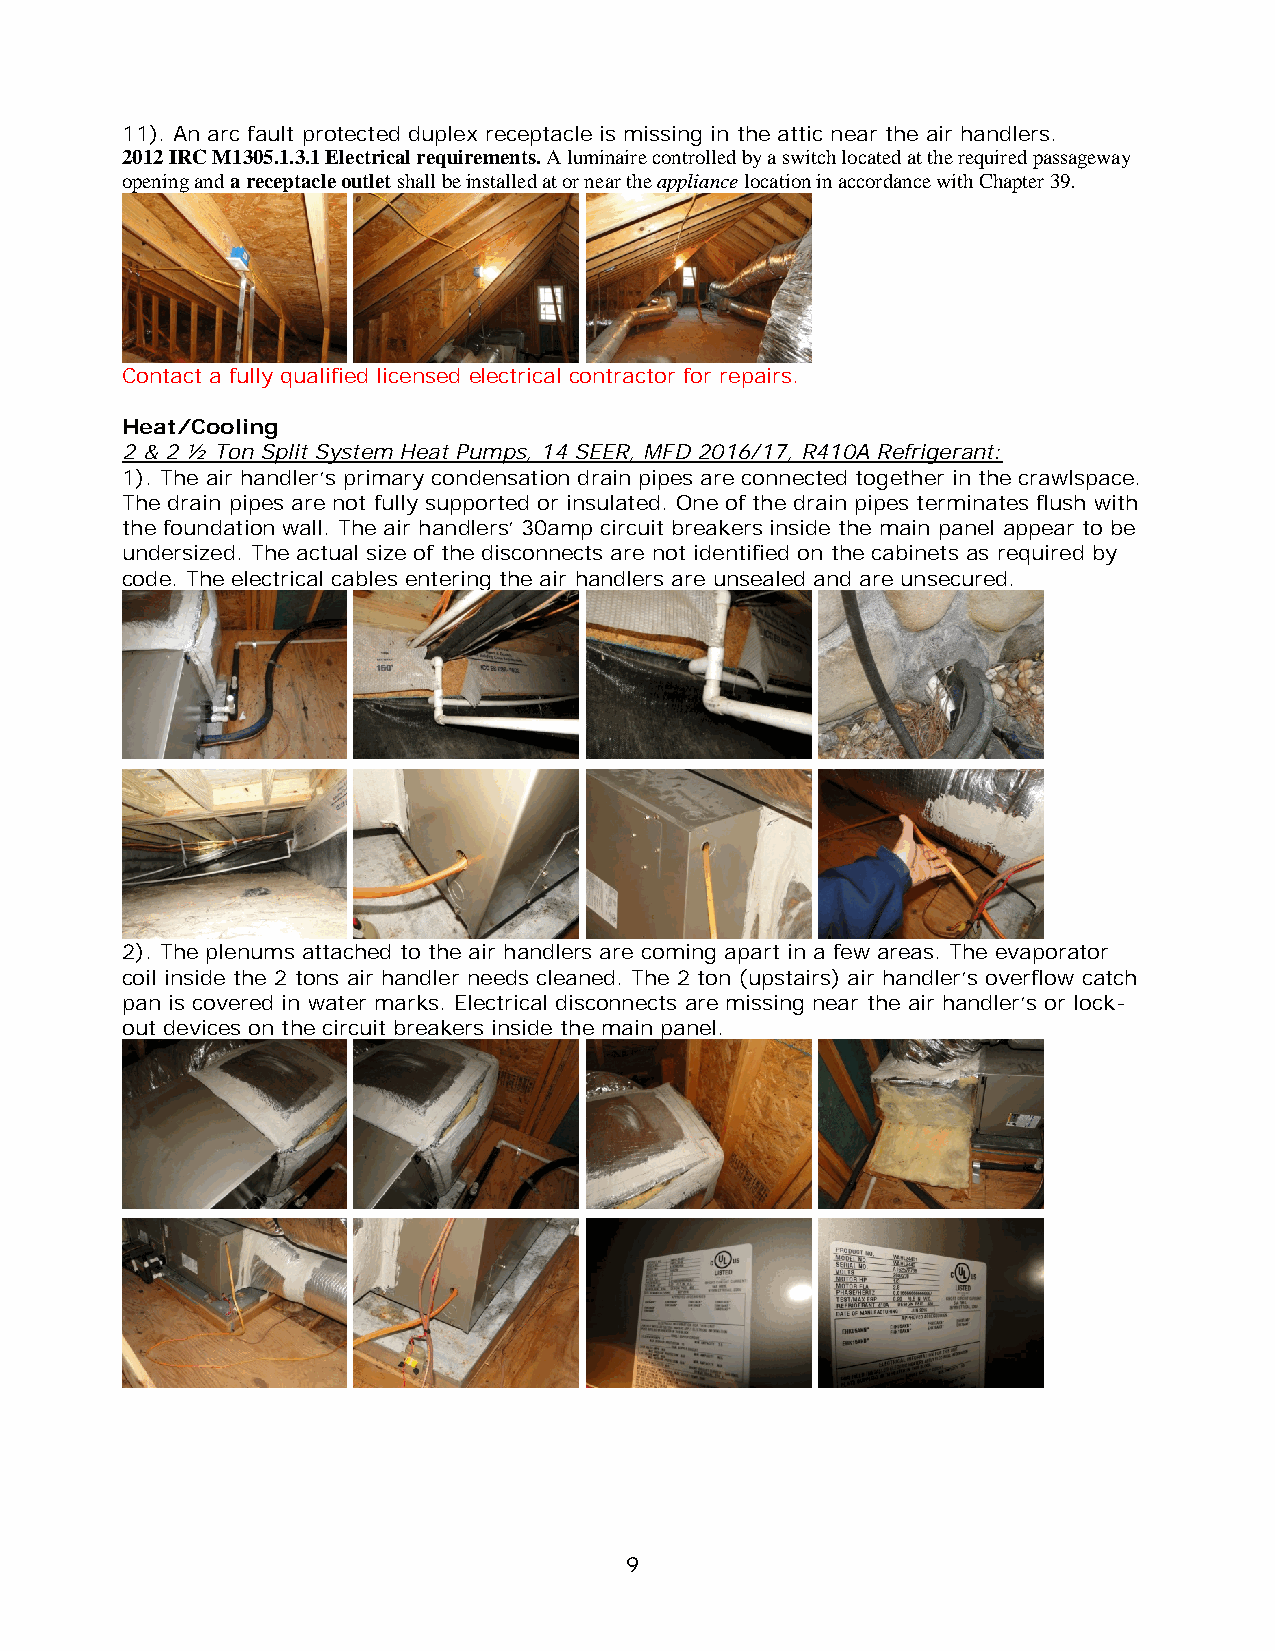
11). An arc fault protected duplex receptacle is missing in the attic near the air handlers.
 2012 IRC M1305.1.3.1 Electrical requirements. A luminaire controlled by a switch located at the required passageway
 opening and a receptacle outlet shall be installed at or near the appliance location in accordance with Chapter 39.
 Contact a fully qualified licensed electrical contractor for repairs.
 Heat/Cooling
 2 & 2 ½ Ton Split System Heat Pumps, 14 SEER, MFD 2016/17, R410A Refrigerant:
 1). The air handler’s primary condensation drain pipes are connected together in the crawlspace.
 The drain pipes are not fully supported or insulated. One of the drain pipes terminates flush with
 the foundation wall. The air handlers’ 30amp circuit breakers inside the main panel appear to be
 undersized. The actual size of the disconnects are not identified on the cabinets as required by
 code. The electrical cables entering the air handlers are unsealed and are unsecured.
 2). The plenums attached to the air handlers are coming apart in a few areas. The evaporator
 coil inside the 2 tons air handler needs cleaned. The 2 ton (upstairs) air handler’s overflow catch
 pan is covered in water marks. Electrical disconnects are missing near the air handler’s or lock-
 out devices on the circuit breakers inside the main panel.
 9